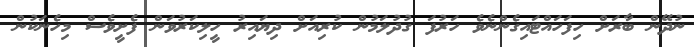
ނުދޭން ބާރަށް ހިފަހައްޓައިގެންނެވެ ހަރުފަ ގުދުލަމުން ކުރިއަށް ދިޔައިރު ހީލިކަރުވަން ފެށީވެސް މިހެނަކުން